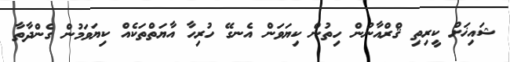
ޝައިޚަށް ކީރިތި ޤްރްއާނުން ހިތުން ކިޔަވަން އެނގޭ ހުރިހާ އާޔަތްތަކެއް ކިޔަވަމުން ގެންދާތާ